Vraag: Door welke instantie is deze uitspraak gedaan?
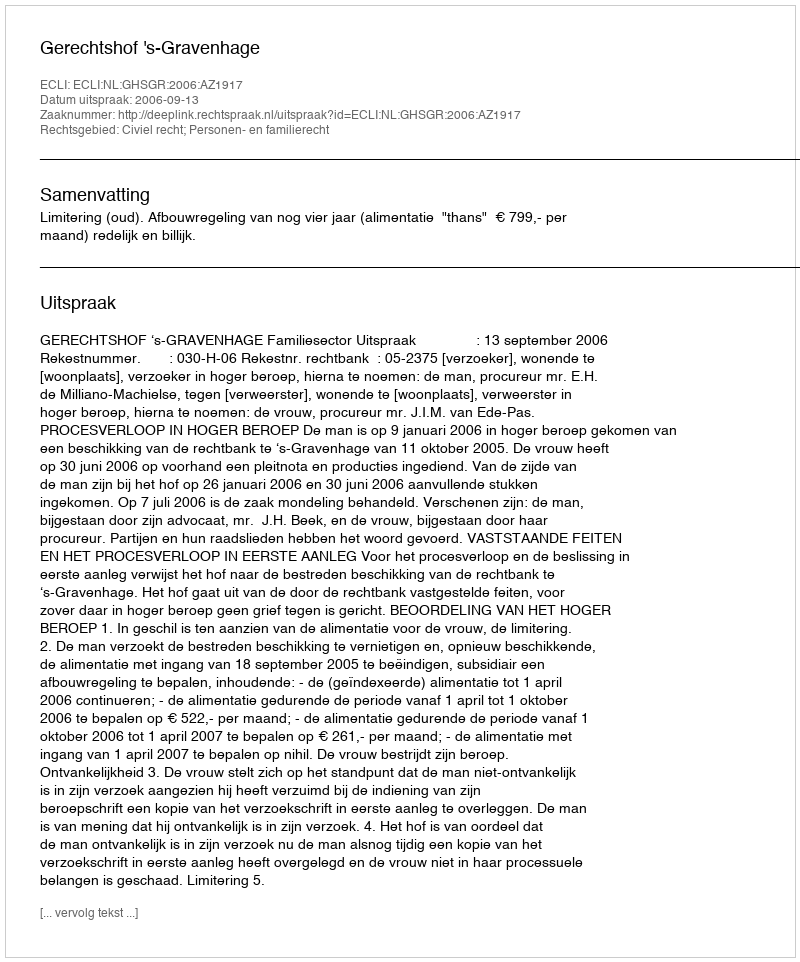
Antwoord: Gerechtshof 's-Gravenhage